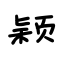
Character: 颖